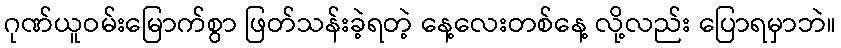
ဂုဏ်ယူဝမ်းမြောက်စွာ ဖြတ်သန်းခဲ့ရတဲ့ နေ့လေးတစ်နေ့ လို့လည်း ပြောရမှာဘဲ။